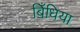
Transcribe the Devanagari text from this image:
बिँधिया